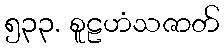
၅၃၃. စူဠဟံသဇာတ်